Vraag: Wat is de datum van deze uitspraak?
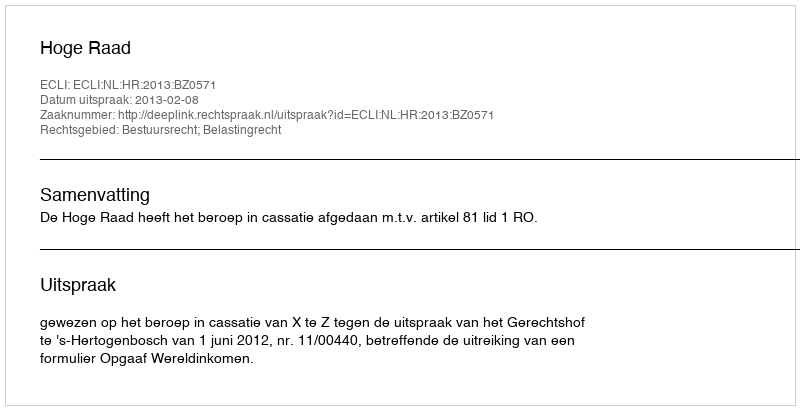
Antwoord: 2013-02-08